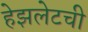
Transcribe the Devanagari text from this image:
हेझलेटची